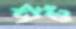
স্টার্টে